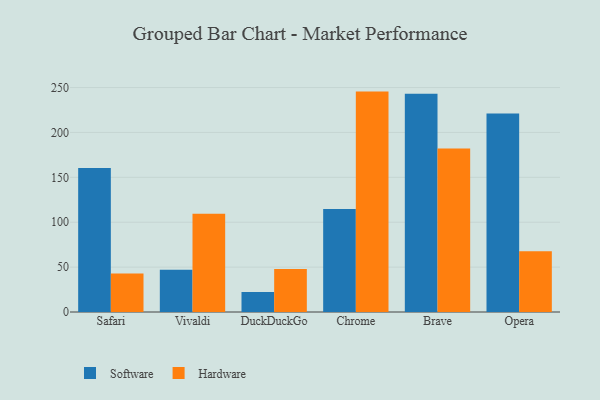
{"axis": {"x": "Browser", "y": "Budget (USD K)"}, "legend": ["Hardware", "Software"], "data": [{"x": "Safari", "y": 160.5, "type": "Software"}, {"x": "Safari", "y": 42.9, "type": "Hardware"}, {"x": "Vivaldi", "y": 47.2, "type": "Software"}, {"x": "Vivaldi", "y": 109.4, "type": "Hardware"}, {"x": "DuckDuckGo", "y": 22.4, "type": "Software"}, {"x": "DuckDuckGo", "y": 47.8, "type": "Hardware"}, {"x": "Chrome", "y": 114.8, "type": "Software"}, {"x": "Chrome", "y": 245.5, "type": "Hardware"}, {"x": "Brave", "y": 243.2, "type": "Software"}, {"x": "Brave", "y": 182.0, "type": "Hardware"}, {"x": "Opera", "y": 221.2, "type": "Software"}, {"x": "Opera", "y": 67.7, "type": "Hardware"}]}